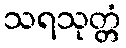
သရသုတ္တံ